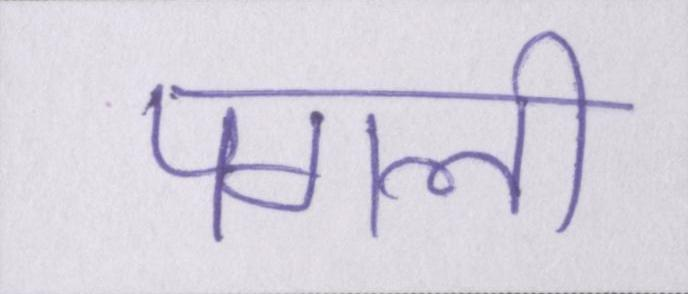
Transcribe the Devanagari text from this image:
पगली